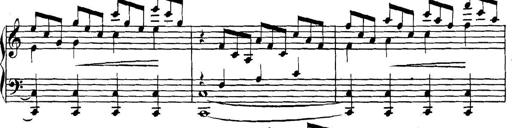
Title: Collected Piano Sonatas
Composer: Muzio Clementi